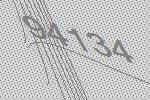
94134